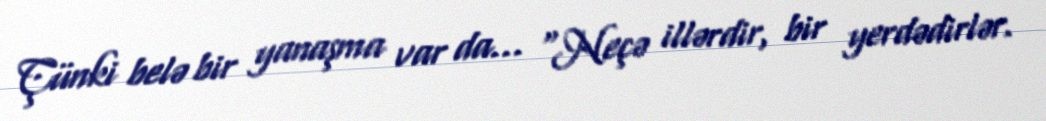
Çünki belə bir yanaşma var da… “Neçə illərdir, bir yerdədirlər.